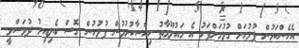
އެހެންކަމުން ފުލުހަށް ގުޅުމަށްފަހު އެ މައުލޫމާތު ހިއްސާކުރުމުން ފުލުހުން ގޮސް ބެލިއިރު ދުވަސްވީ